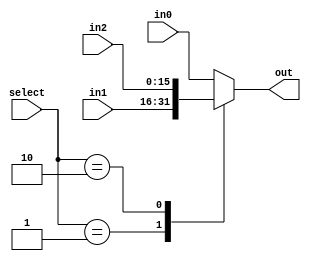
//mux needed for 3 inputs and a 2 bit signal
module MUX16_3_input (in0, in1, in2, select, out);
    input[15:0] in0;
    input[15:0] in1;
    input [15:0] in2;
    input [1:0] select;
    output reg[15:0] out;
    
    always @(in0 or in1 or in2 or select)
        begin
        case(select)
        2'b00 : out = in0;
        2'b01 : out = in1;
        2'b10 : out = in2;
        default: out = in0;
        endcase
        end
        
endmodule